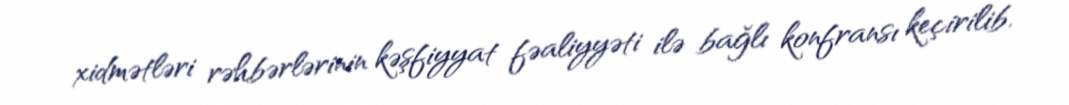
xidmətləri rəhbərlərinin kəşfiyyat fəaliyyəti ilə bağlı konfransı keçirilib.